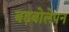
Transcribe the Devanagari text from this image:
बड़बोलेपन